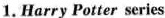
1.Harry Potter series